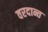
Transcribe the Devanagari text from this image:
वरदान्त